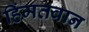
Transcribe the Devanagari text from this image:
हिंमतवान